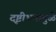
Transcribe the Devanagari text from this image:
दृष्टीभ्रमामुळे